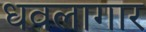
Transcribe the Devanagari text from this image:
धवलागार